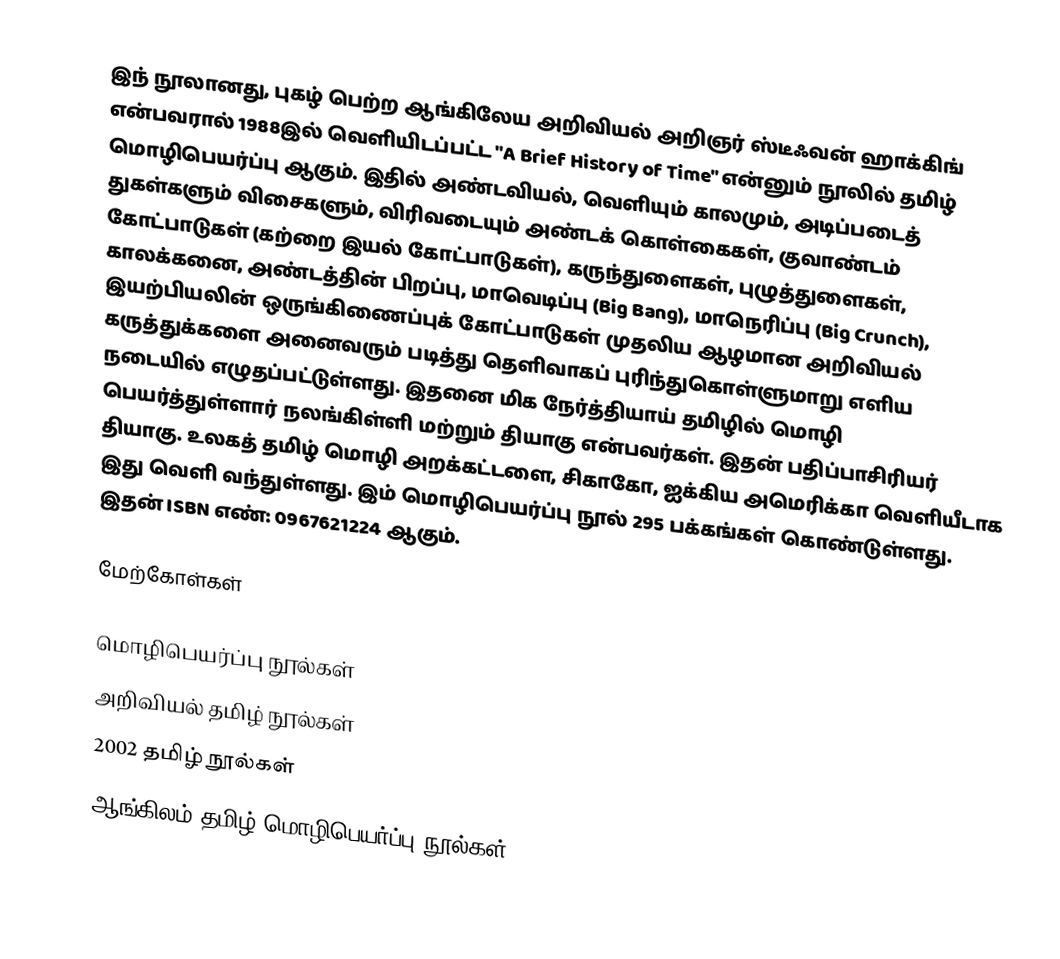
இந் நூலானது, புகழ் பெற்ற ஆங்கிலேய அறிவியல் அறிஞர் ஸ்டீஃவன் ஹாக்கிங் என்பவரால் 1988இல் வெளியிடப்பட்ட "A Brief History of Time" என்னும் நூலில் தமிழ் மொழிபெயர்ப்பு ஆகும். இதில் அண்டவியல், வெளியும் காலமும், அடிப்படைத் துகள்களும் விசைகளும், விரிவடையும் அண்டக் கொள்கைகள், குவாண்டம் கோட்பாடுகள் (கற்றை இயல் கோட்பாடுகள்), கருந்துளைகள், புழுத்துளைகள், காலக்கனை, அண்டத்தின் பிறப்பு, மாவெடிப்பு (Big Bang), மாநெரிப்பு (Big Crunch), இயற்பியலின் ஒருங்கிணைப்புக் கோட்பாடுகள் முதலிய ஆழமான அறிவியல் கருத்துக்களை அனைவரும் படித்து தெளிவாகப் புரிந்துகொள்ளுமாறு எளிய நடையில் எழுதப்பட்டுள்ளது. இதனை மிக நேர்த்தியாய் தமிழில் மொழி பெயர்த்துள்ளார் நலங்கிள்ளி மற்றும் தியாகு என்பவர்கள். இதன் பதிப்பாசிரியர் தியாகு. உலகத் தமிழ் மொழி அறக்கட்டளை, சிகாகோ, ஐக்கிய அமெரிக்கா வெளியீடாக இது வெளி வந்துள்ளது. இம் மொழிபெயர்ப்பு நூல் 295 பக்கங்கள் கொண்டுள்ளது. இதன் ISBN எண்: 0967621224 ஆகும்.

மேற்கோள்கள்

மொழிபெயர்ப்பு நூல்கள்
அறிவியல் தமிழ் நூல்கள்
2002 தமிழ் நூல்கள்
ஆங்கிலம்-தமிழ் மொழிபெயர்ப்பு நூல்கள்